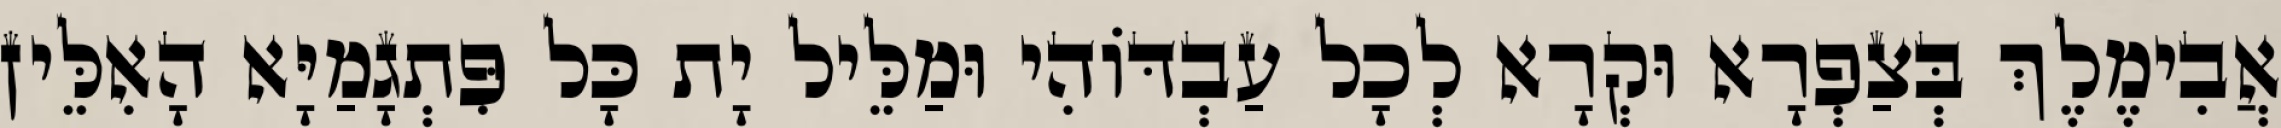
אֲבִימֶלֶךְ בְּצַפְרָא וּקְרָא לְכָל עַבְדּוֹהִי וּמַלֵּיל יָת כָּל פִּתְגָמַיָּא הָאִלֵּין